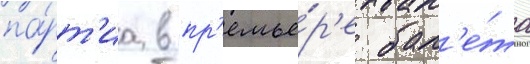
па́рт'иа в пр'емье́р'е бал'е́та